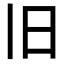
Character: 旧